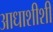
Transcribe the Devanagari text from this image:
आधाशीशी